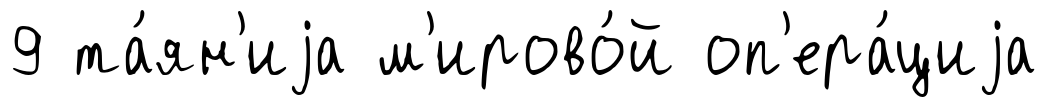
9 та́ян'иjа м'ирово́й оп'ера́циjа